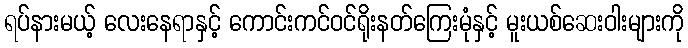
ရပ်နားမယ့် လေးနေရာနှင့် ကောင်းကင်ဝင်ရိုးနတ်ကြေးမုံနှင့် မူးယစ်ဆေးဝါးများကို